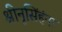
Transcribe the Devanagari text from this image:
श्रीनृसिंहंना